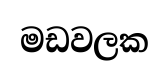
මඩවලක